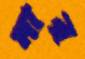
মার